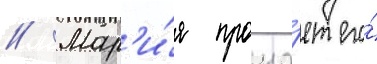
// Мар'и́я проща́ет его́